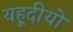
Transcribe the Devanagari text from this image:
यहूदीयो